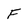
Character: F